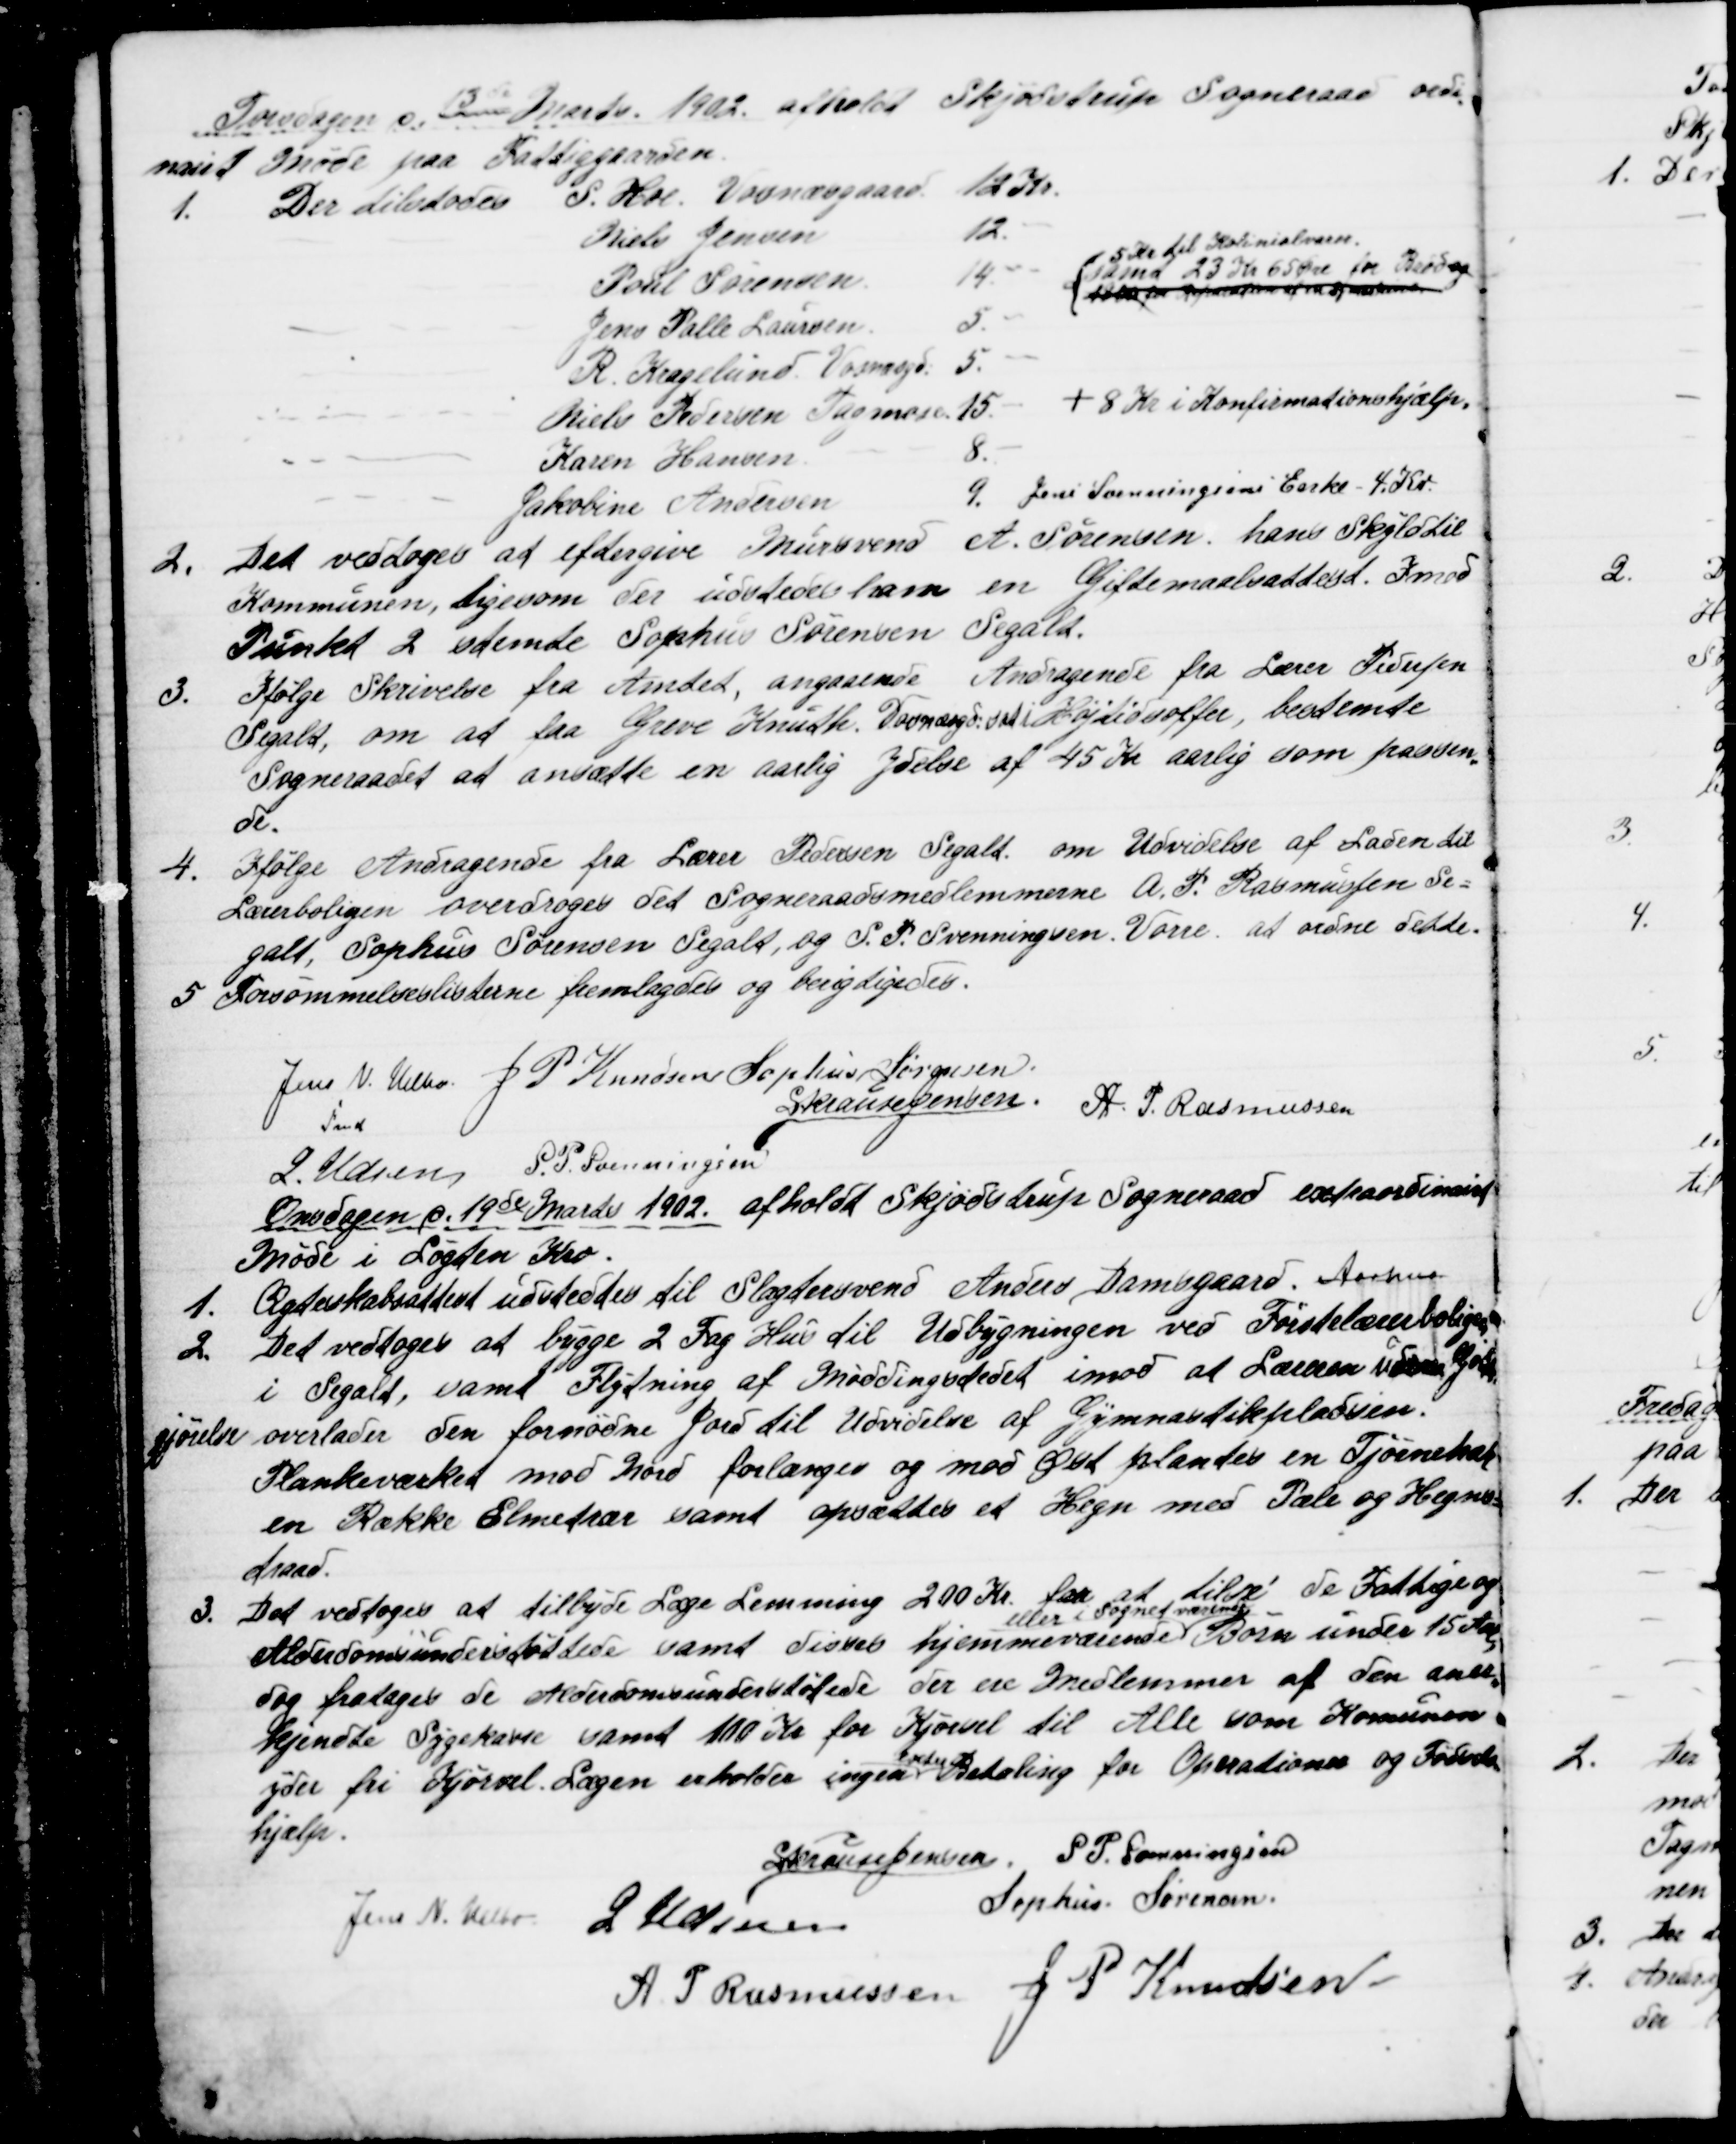
Transskription:
Torsdagen d. 13de Marts 1902 afholdt Skjødstrup Sogneraad ordi
=
nairt Møde paa Fattiggaarden.
1. 
Der tilstodes S. Hoe. Vosnæsgaard 12 Kr.
Niels Jensen
12. -
Poul Sørensen
14. "
5 Kr til Kolinialvarer.
samt 23 Kr 65 Øre for Brød og
  for Reparation af en Symaskine
Jens Palle Laursen
5. "
R. Kragelund. Vosnæsgd. 5. "
Niels Pedersen Tagmose 15. "
+ 8 Kr i Konfirmationshjælp.
Karen Hansen
8.-
Jakobine Andersen
9. 
Jens Svnningsens Enke - 4. Kr.
2.
Det vedtoges at eftergive Mursvend A. Sørensen, hans Skyld til
Kommunen, ligesom der udstedes ham en Giftemaalsattest. Imod
Punkt 2 stemte Sophus Sørensen Segalt.
3.
Ifølge Skrivelse fra Amtet, angaaende Andragende fra Lærer Pedersen
Segalt, om at faa Greve Knuth. Vosnæsgd sat i Højtidsoffer, bestemte
Sogneraadet at ansætte en aarlig Ydelse af 45 Kr aarlig som passen
=
de.
4.
Ifølge Andragende fra Lærer Pedersen Segalt om Udvidelse af Laden til
Lærerboligen overdroges det Sogneraadsmedlemmerne A. P. Rasmussen Se=
galt, Sophus Sørensen Segalt, og S. P. Svenningsen, Vorre, at ordne dette.
5 Forsømmelseslisterne fremlagdes og berigtigedes.
Jens N. Helbo. 
Fmd.
J. P. Knudsen Sophus Sørensen
S Krause Jensen. A. P. Rasmussen
J. Udsen
S. P. Svenningsen
Onsdagen d. 19de Marts 1902 afholdt Skjødstrup Sogneraad extraordinairt
Møde i Løgten Kro.
1.
Ægteskabsattest udstedtes til Slagtersvend Anders Damsgaard. Aarhus
2.
Det vedtoges at bygge 2 Fag Hus til Udbygningen ved Førstelærerboligen
i Segalt, samt Flytning af Møddingstedet imod at Læreren uden Godt
gjørelse overlader den fornødne Jord til Udvidelse af Gymnastikpladsen.
Plankeværket mod Nord forlænges og mod Øst plantes en Tjørnehæk
en Række Elmetrær samt opsættes et Hegn med Pæle og Hegns=
traad.
3.
Det vedtoges at tilbyde Læge Lemming 200 Kr. for at tilse de Fattige og
Alderdomsunderstøttede samt disses hjemmeværende 
eller i Sognet værende
Børn under 15 Aar.
dog fratages de Alderdomsunderstøttede der ere Medlemmer af den aner
=
kjendte Sygekasse samt 100 Kr for Kjørsel til Alle som Komunen
yder fri Kjørsel. Lægen erholder ingen 
extra
Betaling for Operationer og Fødsels
=
hjælp.
S Krause Jensen, S. P. Svenningsen
Jens N. Helbo
J Udsen
Sophus Sørensen
A. P. Rasmussen J P Knudsen